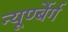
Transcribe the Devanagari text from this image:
न्यूर्ण्बेर्ग